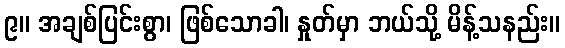
၉။ အချစ်ပြင်းစွာ၊ ဖြစ်သောခါ၊ နှုတ်မှာ ဘယ်သို့ မိန့်သနည်း။